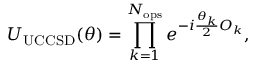
U _ { \mathrm { U C C S D } } ( \boldsymbol { \theta } ) = \prod _ { k = 1 } ^ { N _ { \mathrm { o p s } } } e ^ { - i \frac { \theta _ { k } } { 2 } O _ { k } } ,